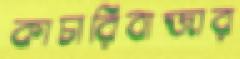
কাচারিবাজার